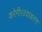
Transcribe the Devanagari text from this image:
करेगी।उदाहरण